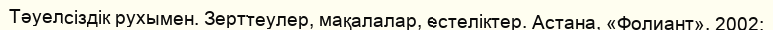
Тәуелсіздік рухымен. Зерттеулер, мақалалар, естеліктер. Астана, «Фолиант», 2002;